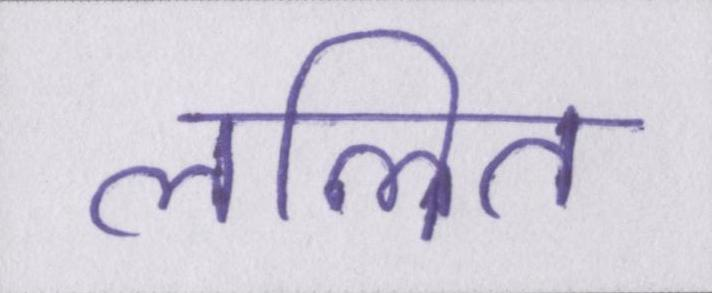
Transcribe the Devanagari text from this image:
ललित